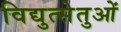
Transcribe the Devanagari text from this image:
विद्युत्सेतुओं